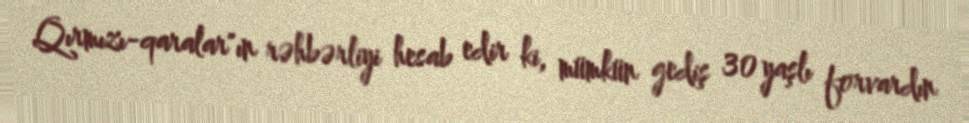
Qırmızı-qaralar"ın rəhbərliyi hesab edir ki, mümkün gediş 30 yaşlı forvardın